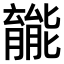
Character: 𫆽